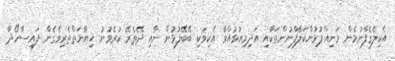
އެކިލެގެފާނުމެން މަނިއްޕުޅުންކަލޭފާނުންތަކާއި އަދިމިއުޅުއްވާ އެކިވަކި ބޭބޭފުޅުން ނާއި ދޭތެރޭ ކުރެވުނު ޚިޔާނަތްތެރިވެގެން ފައިސާހޯދާ